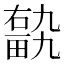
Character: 𤲽